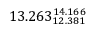
1 3 . 2 6 3 _ { 1 2 . 3 8 1 } ^ { 1 4 . 1 6 6 }